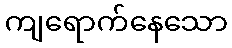
ကျရောက်နေသော